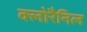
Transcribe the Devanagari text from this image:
क्लोरैनिल